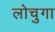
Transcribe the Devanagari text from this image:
लोचुगा